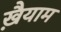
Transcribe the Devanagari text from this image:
ख़ैयाम